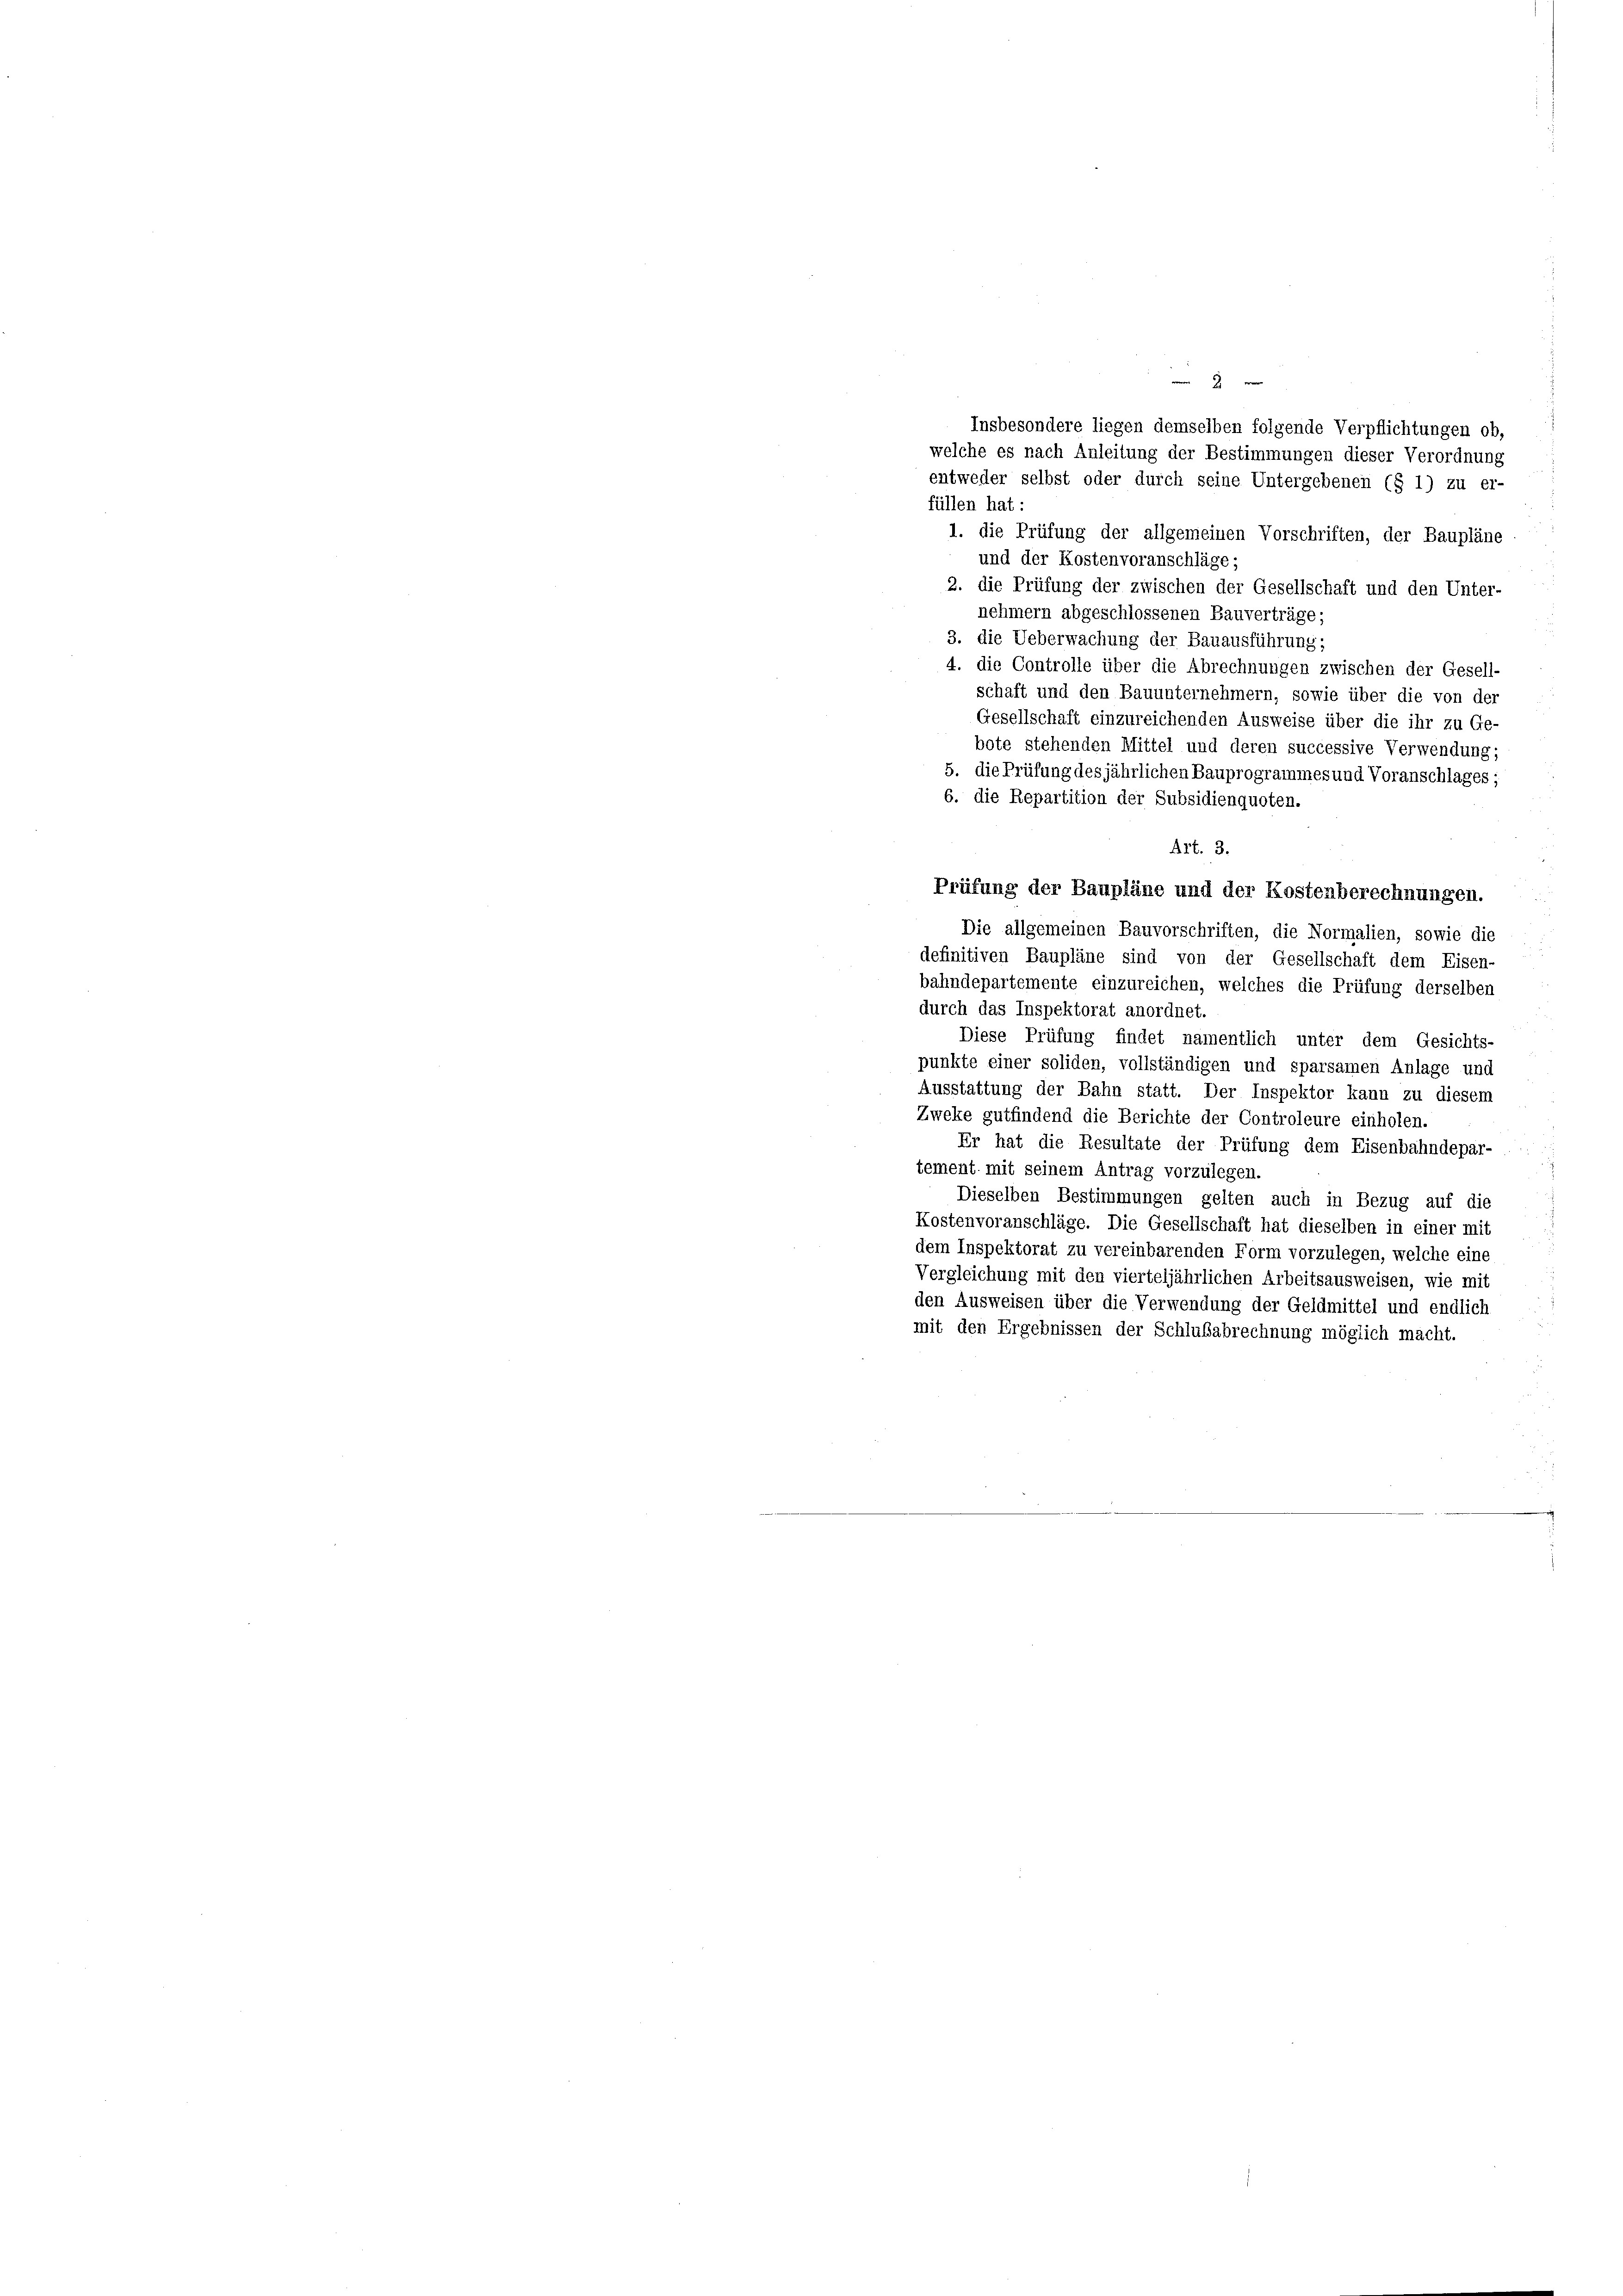
2
Insbesondere liegen demselben folgende Verpflichtungen ob,
welche es nach Anleitung der Bestimmungen dieser Verordnung
entweder selbst oder durch seine Untergebenen (§ 1) zu er-
füllen hat:
1. die Prüfung der allgemeinen Vorschriften, der Baupläne
und der Kostenvoranschläge;
2. die Prüfung der zwischen der Gesellschaft und den Unter-
nehmern abgeschlossenen Bauverträge;
3. die Ueberwachung der Bauausführung:
4. die Controlle über die Abrechnungen zwischen der Gesell-
schaft und den Bauunternehmern, sowie über die von der
Gesellschaft einzureichenden Ausweise über die ihr zu Ge-
bote stehenden Mittel und deren successive Verwendung;
5. die Prüfung desjährlichen Bauprogrammes und Voranschlages;
6. die Repartition der Subsidienquoten.
Art. 3.
Prüfung der Baupläne und der Kostenberechnungen.
Die allgemeinen Bauvorschriften, die Normalien, sowie die
definitiven Baupläne sind von der Gesellschaft dem Eisen-
bahndepartemente einzureichen, welches die Prüfung derselben
durch das Inspektorat anordnet.
Diese Prüfung findet namentlich unter dem Gesichts-
punkte einer soliden, vollständigen und sparsamen Anlage und
Ausstattung der Bahn statt. Der Inspektor kann zu diesem
Zweke gutfindend die Berichte der Controleure einholen.
Er hat die Resultate der Prüfung dem Eisenbahndepar-
tement mit seinem Antrag vorzulegen.
Dieselben Bestimmungen gelten auch in Bezug auf die
Kostenvoranschläge. Die Gesellschaft hat dieselben in einer mi
dem Inspektorat zu vereinbarenden Form vorzulegen, welche eine
Vergleichung mit den vierteljährlichen Arbeitsausweisen, wie mit
den Ausweisen über die Verwendung der Geldmittel und endlich
mit den Ergebnissen der Schlußabrechnung möglich macht.